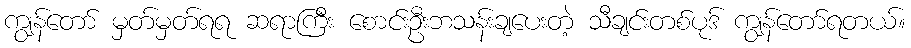
ကျွန်တော် မှတ်မှတ်ရရ ဆရာကြီး စောင်းဦးဘသန်းချပေးတဲ့ သီချင်းတစ်ပုဒ် ကျွန်တော်ရတယ်။